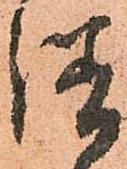
繕